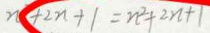
n + 2 n + 1 = n ^ { 2 } + 2 n + 1